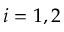
i = 1 , 2